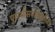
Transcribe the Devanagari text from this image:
पुरामौसमविज्ञानियों